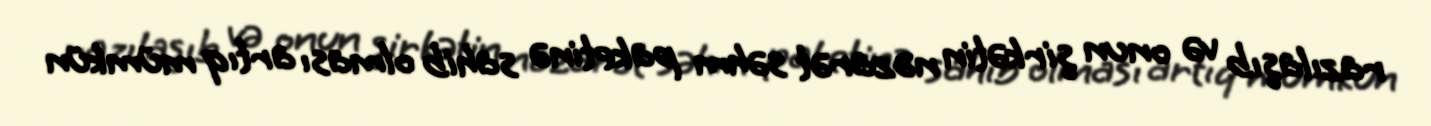
razılaşıb və onun şirkətin nəzarət səhm paketinə sahib olması artıq mümkün